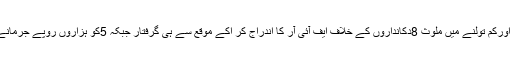
گراں فروشی اورکم تولنے میں ملوث 8دکانداروں کے خلاف ایف آئی آر کا اندراج کر اکے موقع سے ہی گرفتار جبکہ 5کو ہزاروں روپے جرمانے کئے گئے ۔